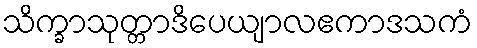
သိက္ခာသုတ္တာဒိပေယျာလဧကာဒသကံ